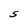
Character: S